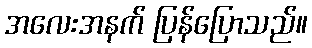
အလေးအနက် ပြန်ပြောသည်။